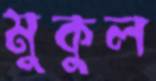
মুকুল